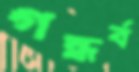
গন্ধর্ব